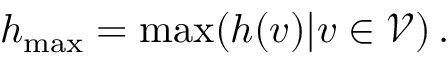
h _ { \mathrm { m a x } } = \operatorname* { m a x } ( h ( v ) | v \in \mathcal { V } ) \, .